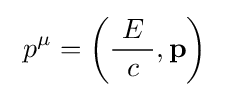
\ p^{\mu }=\left({\frac {\ E\ }{c}},\mathbf {p} \right)\